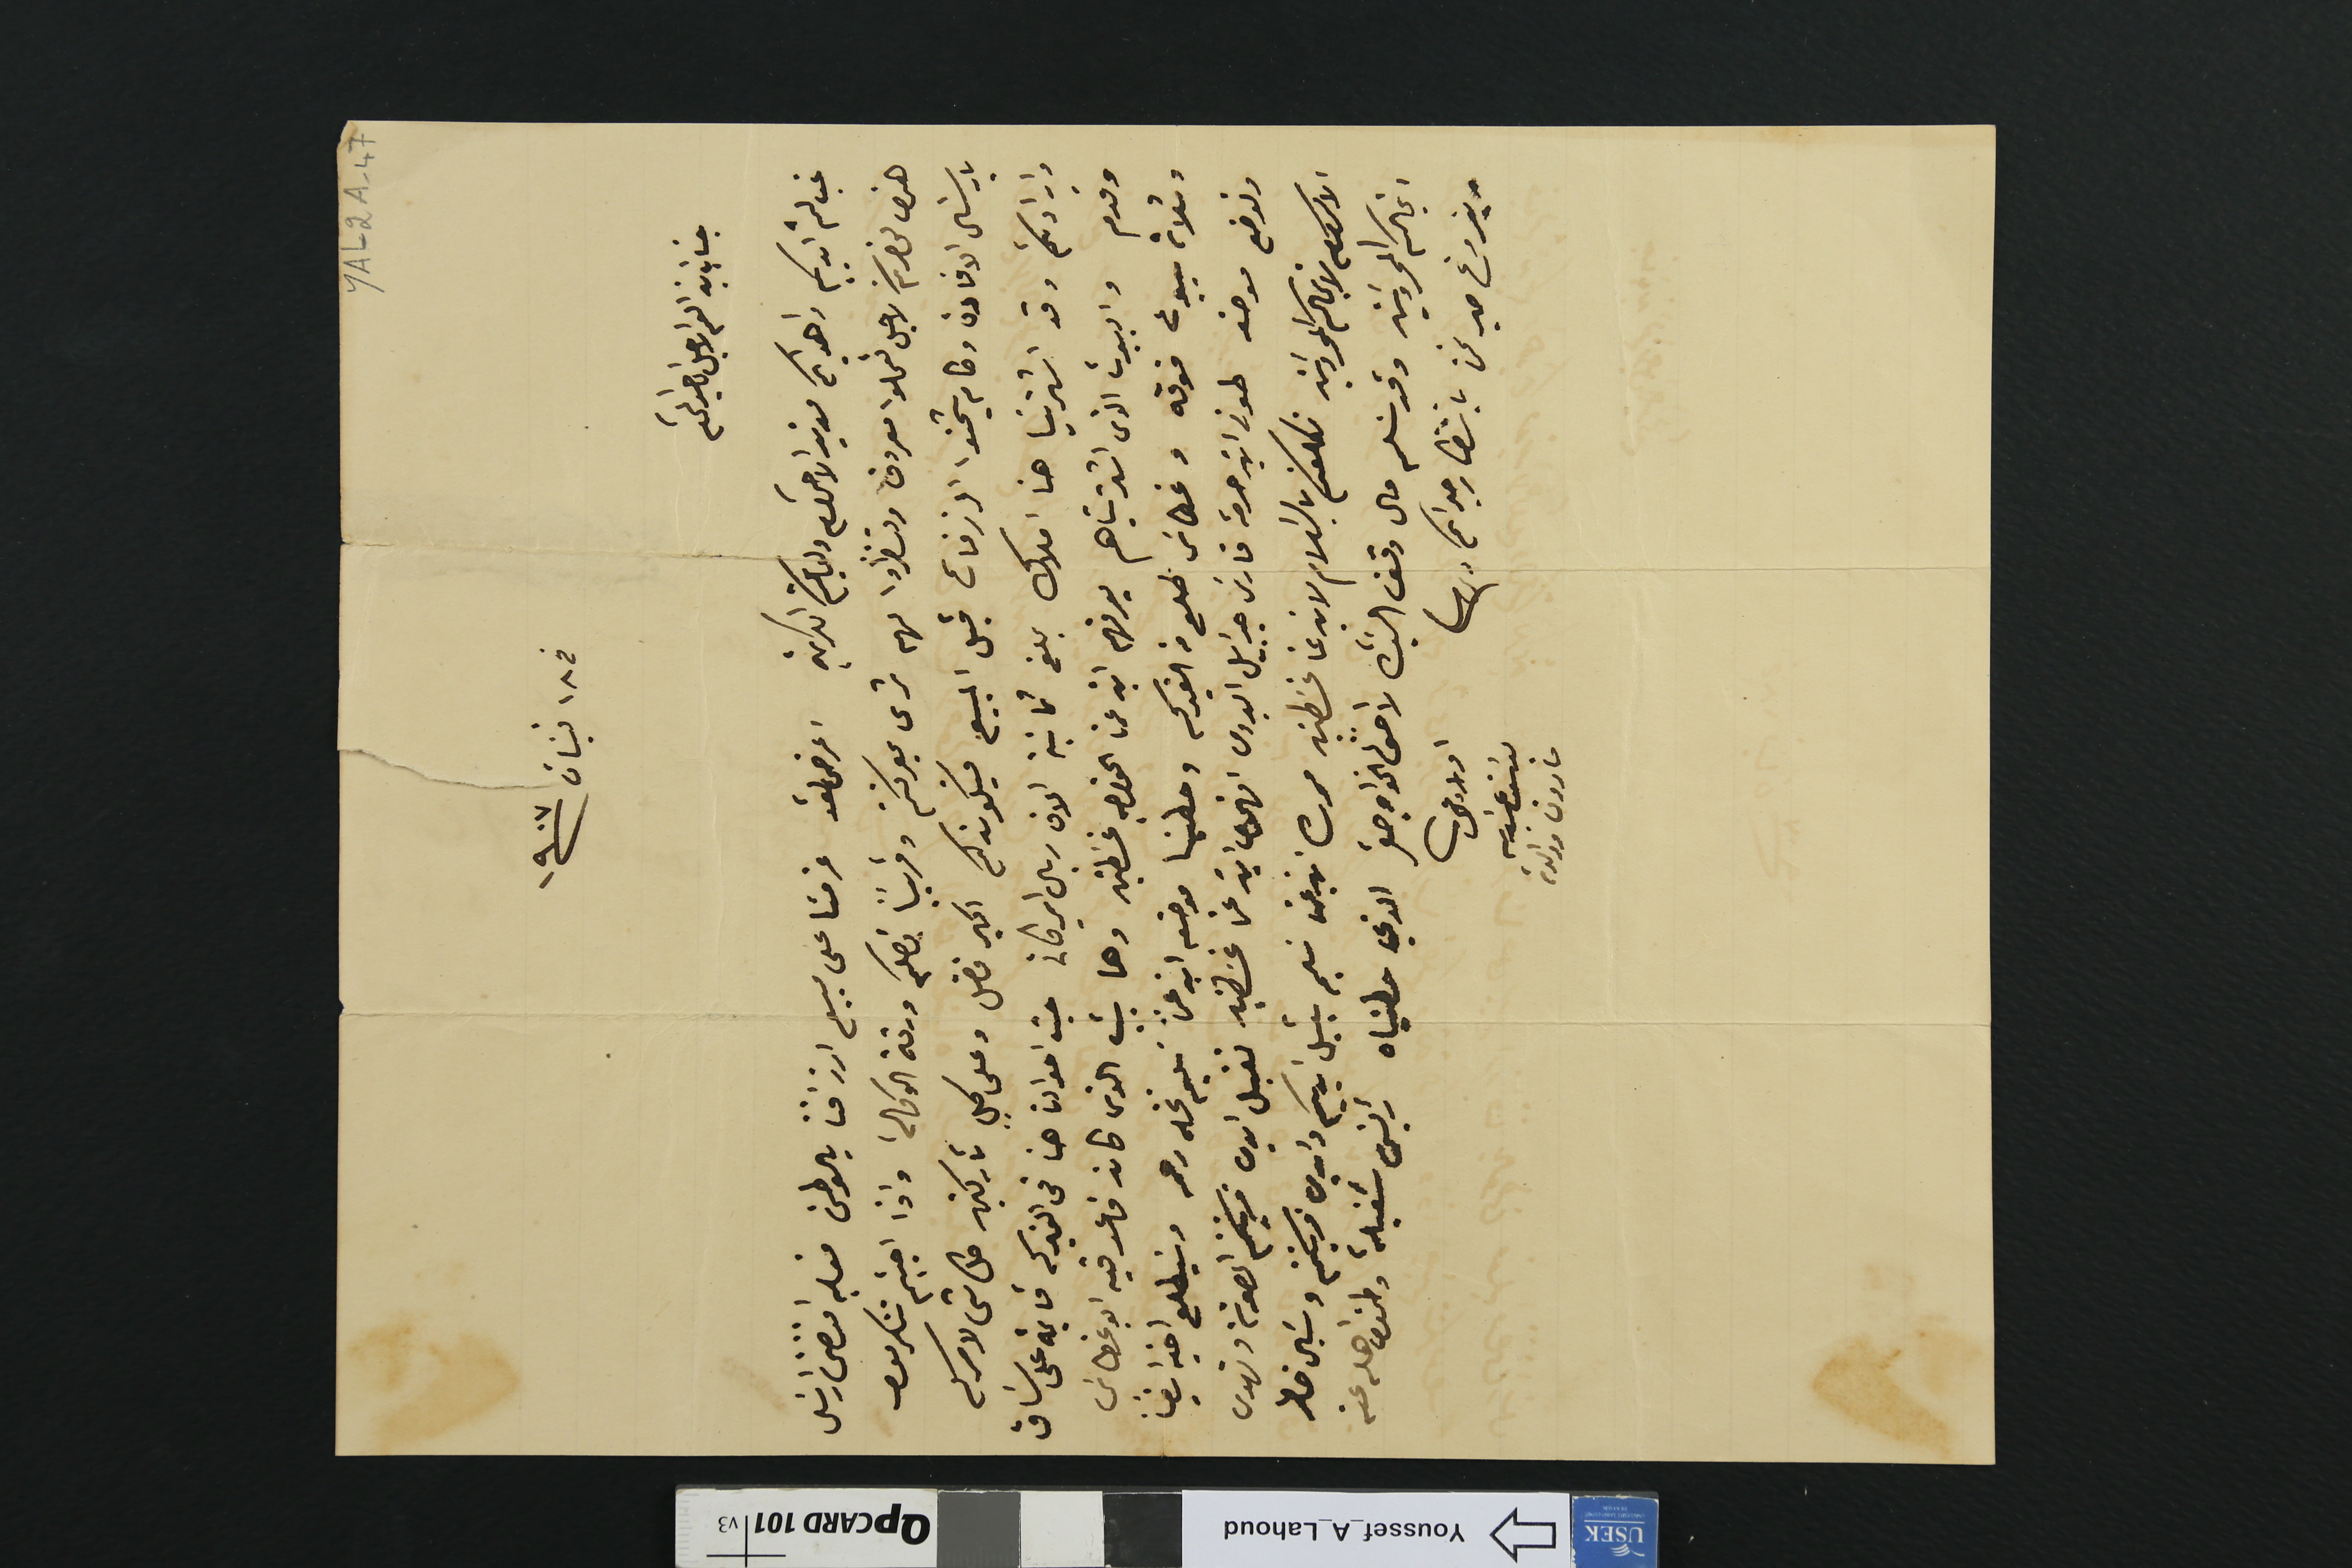
YAL2A-47
فى ١٨ نيسَان /١٩٠٧
جناب ابن العم الاجل الماجد المحترم
غب لثم ايديكم واهديكم مزيد الاحترام ولعايلتكم الكريمة اعرض لقد عزمنا على بيع ارزاقنا بالوطن فعليه اقتضى ارسَال
هذه لحضرتكم لاجل تعملوا معروف وتنظروا لهم شرى بمعرفتكم وقريبًا تصلكم ورقة الوكالة واذا احببتم تتكرمون
بارسَال الافادة وكام يتخمنوا الرزقات قبل المبيع فيكون كم اكبر فضل وعلى كل تاركين كل شى لامركم
وارادتكم وقد اشترينا هنا املاك بلغ ثمانية الاف ريال اميركانى حيث احوالنا هنا فى الفبركه قايمه على سَاق
وقدم والبيوت الذى اشتريناهم يعرفهم ابن عمنا الخواجه غسَطين وهما بيت الذى كان قاعد فيه ابو غطاسَ
وثلاث بيوت فوقه وغطاسَ طلع من الفبركه وحطينا موضعه ابن عمنا سَليم نخله رحمه وسَيطلع اخيه ايضًا
ونوضع موضعه طونى ابن حرمة فارسَ جبرايل البدوى افهمي ابنة  عمنا غسَطين تقبل ايدى قرينتكم المصونة وتهدى
الاكرام لانجالكم المحروسَين نكلفكم بالسَلام لابن عمنا غسَطين وابن عمنا سَليم يقبل ايديكم وايدي قرينتكم ويسَال خاطر
انجالكم المحروسَين وقد سَلم مال وقف السَيدة لاحقًا الخواجه صقر الذي حطيناه رئيس شغيلة وطمن اهله عن
بفروغ حبر نخن بانتظار جوابكم
اولاد عمك
يوسَف عبدالله
مارون ووالدته